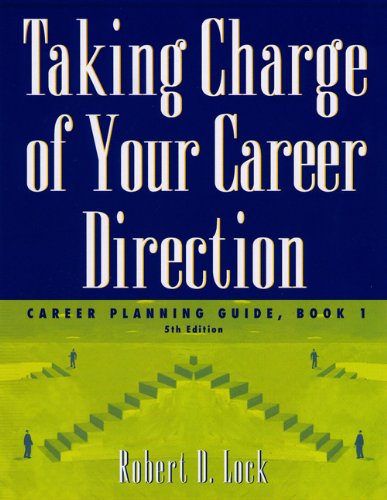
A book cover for Taking Charge of Your Career Direction: Career Planning Guide, Book 1; Robert D. Lock; Business & Money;